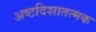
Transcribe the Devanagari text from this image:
अष्टदिशातत्मक